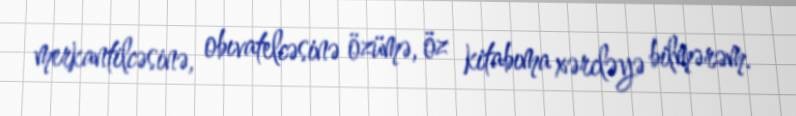
merkantilcəsinə, obıvatelcəsinə özümə, öz kitabıma xərcləyə bilmərəm.